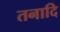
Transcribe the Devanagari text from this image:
तनादि